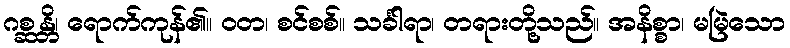
ဂစ္ဆန္တိ၊ ရောက်ကုန်၏။ ဝတ၊ စင်စစ်။ သင်္ခါရာ၊ တရားတို့သည်။ အနိစ္စာ၊ မမြဲသော